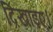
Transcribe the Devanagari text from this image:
दिखाइए।